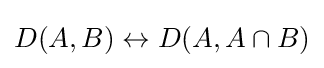
D(A,B)\leftrightarrow D(A,A\cap B)